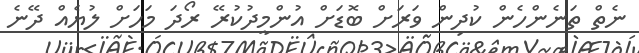
ނެތް ތަނެންހެން ކުދިން ވަރަށް ބޮޑަށް އުންމީދުކުރޭ ރޯދަ މަހަށް ލުޔެއް ދޭނެ